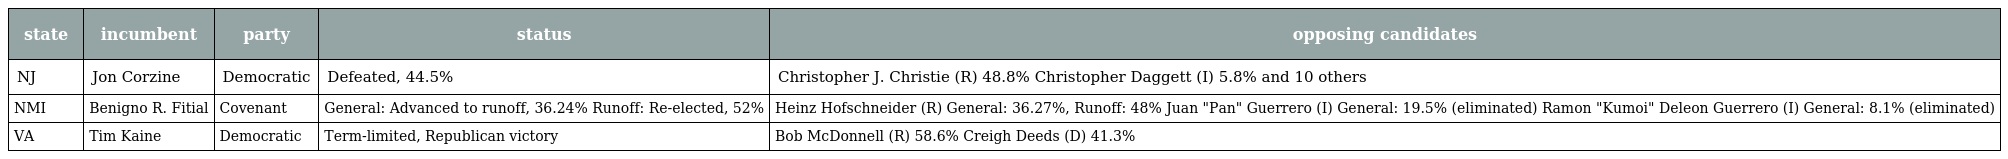
| state | incumbent | party | status | opposing candidates |
 | --- | --- | --- | --- | --- |
 | NJ | Jon Corzine | Democratic | Defeated, 44.5% | Christopher J. Christie (R) 48.8% Christopher Daggett (I) 5.8% and 10 others |
 | NMI | Benigno R. Fitial | Covenant | General: Advanced to runoff, 36.24% Runoff: Re-elected, 52% | Heinz Hofschneider (R) General: 36.27%, Runoff: 48% Juan "Pan" Guerrero (I) General: 19.5% (eliminated) Ramon "Kumoi" Deleon Guerrero (I) General: 8.1% (eliminated) |
 | VA | Tim Kaine | Democratic | Term-limited, Republican victory | Bob McDonnell (R) 58.6% Creigh Deeds (D) 41.3% |